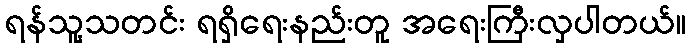
ရန်သူ့သတင်း ရရှိရေးနည်းတူ အရေးကြီးလှပါတယ်။